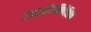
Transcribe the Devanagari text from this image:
उत्तरऔपनिवेशिक